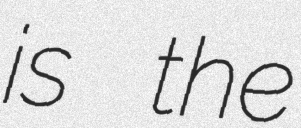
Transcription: is the